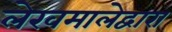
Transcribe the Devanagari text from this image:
लेखमालेद्वारा